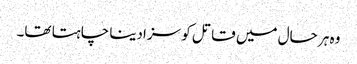
وہ ہر حال میں قاتل کو سزادینا چاہتا تھا۔